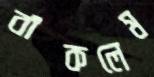
বাঁকলেম